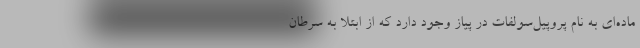
ماده‌ای به نام پروپیل‌سولفات در پیاز وجود دارد که از ابتلا به سرطان